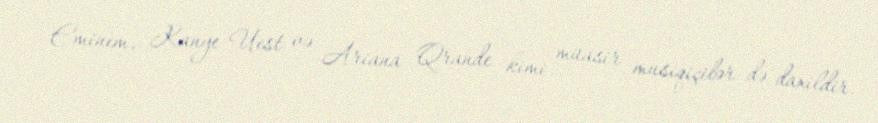
Eminem, Kanye Uest və Ariana Qrande kimi müasir musiqiçilər də daxildir.